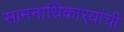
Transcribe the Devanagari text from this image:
सामनाधिकार्‍यांची